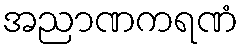
အညာဏကရဏံ